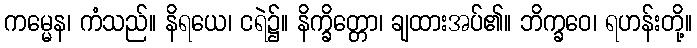
ကမ္မေန၊ ကံသည်။ နိရယေ၊ ငရဲ၌။ နိက္ခိတ္တော၊ ချထားအပ်၏။ ဘိက္ခဝေ၊ ရဟန်းတို့။